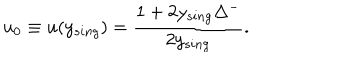
LaTeX: u _ { 0 } \equiv u ( y _ { s i n g } ) = \frac { 1 + 2 y _ { s i n g } \Delta ^ { - } } { 2 y _ { s i n g } } .